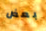
بعض